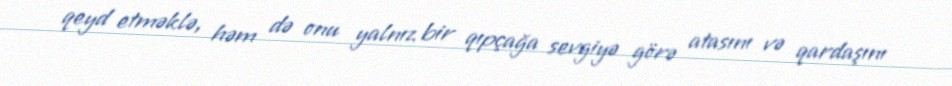
qeyd etməklə, həm də onu yalnız bir qıpçağa sevgiyə görə atasını və qardaşını